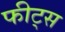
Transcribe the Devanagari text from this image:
फीट्स